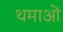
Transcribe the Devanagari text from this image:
थमाओं